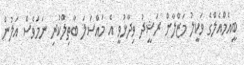
ބީއެމްއެލްގެ ވަކީލު މަޒްލާން ރަޝީދު ވިދާޅުވީ އެ މައްސަލަ ބާތިލްކުރި ނަމަވެސް އަލުން